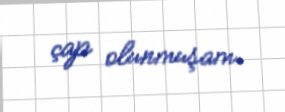
çap olunmuşam.